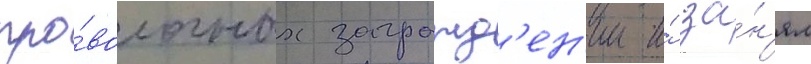
про́волочных загражд'ен'ии и́ за́н'ял